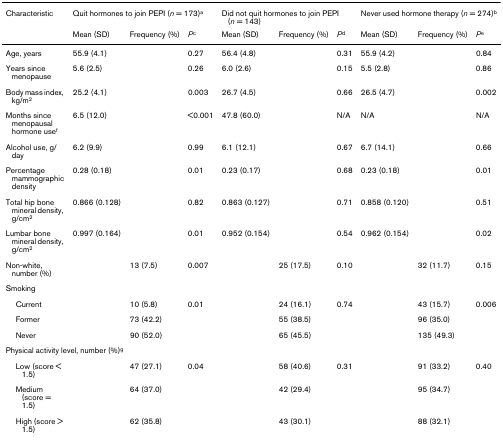
<table><thead><tr><td><b>Characteristic</b></td><td colspan="3"><b>Quit hormones to join PEPI (<i>n </i>= 173)<sup>a</sup></b></td><td colspan="3"><b>Did not quit hormones to join PEPI(<i>n </i>= 143)</b></td><td colspan="3"><b>Never used hormone therapy (<i>n </i>= 274)<sup>b</sup></b></td></tr><tr><td></td><td><b>Mean (SD)</b></td><td><b>Frequency (%)</b></td><td><b><i>P</i><sup>c</sup></b></td><td><b>Mean (SD)</b></td><td><b>Frequency (%)</b></td><td><b><i>P</i><sup>d</sup></b></td><td><b>Mean (SD)</b></td><td><b>Frequency (%)</b></td><td><b><i>P</i><sup>e</sup></b></td></tr></thead><tbody><tr><td>Age, years</td><td>55.9 (4.1)</td><td></td><td>0.27</td><td>56.4 (4.8)</td><td></td><td>0.31</td><td>55.9 (4.2)</td><td></td><td>0.84</td></tr><tr><td>Years since menopause</td><td>5.6 (2.5)</td><td></td><td>0.26</td><td>6.0 (2.6)</td><td></td><td>0.15</td><td>5.5 (2.8)</td><td></td><td>0.86</td></tr><tr><td>Body mass index, kg/m<sup>2</sup></td><td>25.2 (4.1)</td><td></td><td>0.003</td><td>26.7 (4.5)</td><td></td><td>0.66</td><td>26.5 (4.7)</td><td></td><td>0.002</td></tr><tr><td>Months since menopausal hormone use<sup>f</sup></td><td>6.5 (12.0)</td><td></td><td>&lt;0.001</td><td>47.8 (60.0)</td><td></td><td>N/A</td><td>N/A</td><td></td><td>N/A</td></tr><tr><td>Alcohol use, g/day</td><td>6.2 (9.9)</td><td></td><td>0.99</td><td>6.1 (12.1)</td><td></td><td>0.67</td><td>6.7 (14.1)</td><td></td><td>0.66</td></tr><tr><td>Percentage mammographic density</td><td>0.28 (0.18)</td><td></td><td>0.01</td><td>0.23 (0.17)</td><td></td><td>0.68</td><td>0.23 (0.18)</td><td></td><td>0.01</td></tr><tr><td>Total hip bone mineral density, g/cm<sup>2</sup></td><td>0.866 (0.128)</td><td></td><td>0.82</td><td>0.863 (0.127)</td><td></td><td>0.71</td><td>0.858 (0.120)</td><td></td><td>0.51</td></tr><tr><td>Lumbar bone mineral density, g/cm<sup>2</sup></td><td>0.997 (0.164)</td><td></td><td>0.01</td><td>0.952 (0.154)</td><td></td><td>0.54</td><td>0.962 (0.154)</td><td></td><td>0.02</td></tr><tr><td>Non-white, number (%)</td><td></td><td>13 (7.5)</td><td>0.007</td><td></td><td>25 (17.5)</td><td>0.10</td><td></td><td>32 (11.7)</td><td>0.15</td></tr><tr><td colspan="10">Smoking</td></tr><tr><td> Current</td><td></td><td>10 (5.8)</td><td>0.01</td><td></td><td>24 (16.1)</td><td>0.74</td><td></td><td>43 (15.7)</td><td>0.006</td></tr><tr><td> Former</td><td></td><td>73 (42.2)</td><td></td><td></td><td>55 (38.5)</td><td></td><td></td><td>96 (35.0)</td><td></td></tr><tr><td> Never</td><td></td><td>90 (52.0)</td><td></td><td></td><td>65 (45.5)</td><td></td><td></td><td>135 (49.3)</td><td></td></tr><tr><td colspan="10">Physical activity level, number (%)<sup>g</sup></td></tr><tr><td> Low (score &lt; 1.5)</td><td></td><td>47 (27.1)</td><td>0.04</td><td></td><td>58 (40.6)</td><td>0.31</td><td></td><td>91 (33.2)</td><td>0.40</td></tr><tr><td> Medium (score = 1.5)</td><td></td><td>64 (37.0)</td><td></td><td></td><td>42 (29.4)</td><td></td><td></td><td>95 (34.7)</td><td></td></tr><tr><td> High (score &gt; 1.5)</td><td></td><td>62 (35.8)</td><td></td><td></td><td>43 (30.1)</td><td></td><td></td><td>88 (32.1)</td><td></td></tr></tbody></table>